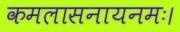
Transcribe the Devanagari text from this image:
कमलासनायनमः।